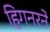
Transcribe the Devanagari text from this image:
हिगनरने